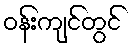
ဝန်းကျင်တွင်